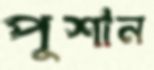
পুশান